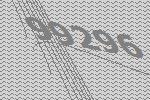
99296